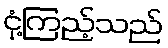
ငုံ့ကြည့်သည်